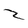
Character: 2